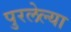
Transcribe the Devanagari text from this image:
पुरलेल्या